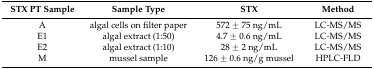
<table><thead><tr><td><b>STX PT Sample</b></td><td><b>Sample Type</b></td><td><b>STX </b></td><td><b>Method</b></td></tr></thead><tbody><tr><td>A</td><td>algal cells on filter paper</td><td>572 ± 75 ng/mL</td><td>LC-MS/MS</td></tr><tr><td>E1</td><td>algal extract (1:50)</td><td>4.7 ± 0.6 ng/mL</td><td>LC-MS/MS</td></tr><tr><td>E2</td><td>algal extract (1:10)</td><td>28 ± 2 ng/mL</td><td>LC-MS/MS</td></tr><tr><td>M</td><td>mussel sample</td><td>126 ± 0.6 ng/g mussel</td><td>HPLC-FLD</td></tr></tbody></table>